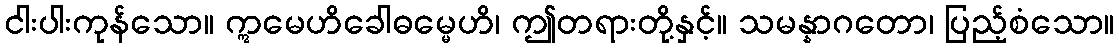
ငါးပါးကုန်သော။ ဣမေဟိခေါဓမ္မေဟိ၊ ဤတရားတို့နှင့်။ သမန္နာဂတော၊ ပြည့်စံသော။